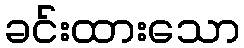
ခင်းထားသော